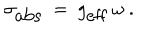
LaTeX: \sigma _ { \mathrm { a b s } } ~ = ~ g _ { \mathrm { e f f } } ~ \omega ~ .